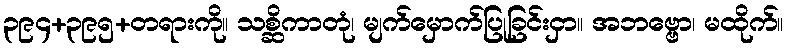
၃၉၄+၃၉၅+တရားကို။ သစ္ဆိကာတုံ၊ မျက်မှောက်ပြုခြင်းငှာ။ အဘဗ္ဗော၊ မထိုက်။